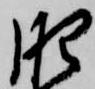
肥